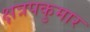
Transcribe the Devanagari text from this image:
क्षत्रपकुमार